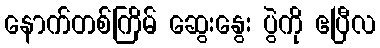
နောက်တစ်ကြိမ် ဆွေးနွေး ပွဲကို ဧပြီလ